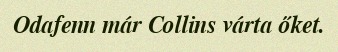
Odafenn már Collins várta őket.